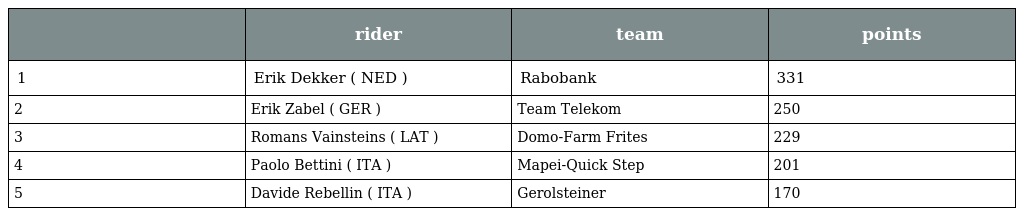
|  | rider | team | points |
 | --- | --- | --- | --- |
 | 1 | Erik Dekker ( NED ) | Rabobank | 331 |
 | 2 | Erik Zabel ( GER ) | Team Telekom | 250 |
 | 3 | Romans Vainsteins ( LAT ) | Domo-Farm Frites | 229 |
 | 4 | Paolo Bettini ( ITA ) | Mapei-Quick Step | 201 |
 | 5 | Davide Rebellin ( ITA ) | Gerolsteiner | 170 |